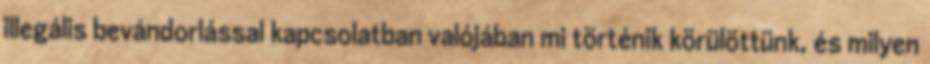
illegális bevándorlással kapcsolatban valójában mi történik körülöttünk, és milyen